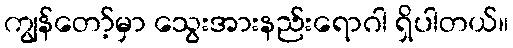
ကျွန်တော့်မှာ သွေးအားနည်းရောဂါ ရှိပါတယ်။